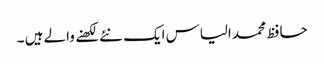
حافظ محمد الیاس ایک نئے لکھنے والے ہیں ۔